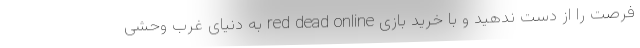
فرصت را از دست ندهید و با خرید بازی red dead online به دنیای غرب وحشی